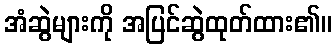
အံဆွဲများကို အပြင်ဆွဲထုတ်ထား၏။